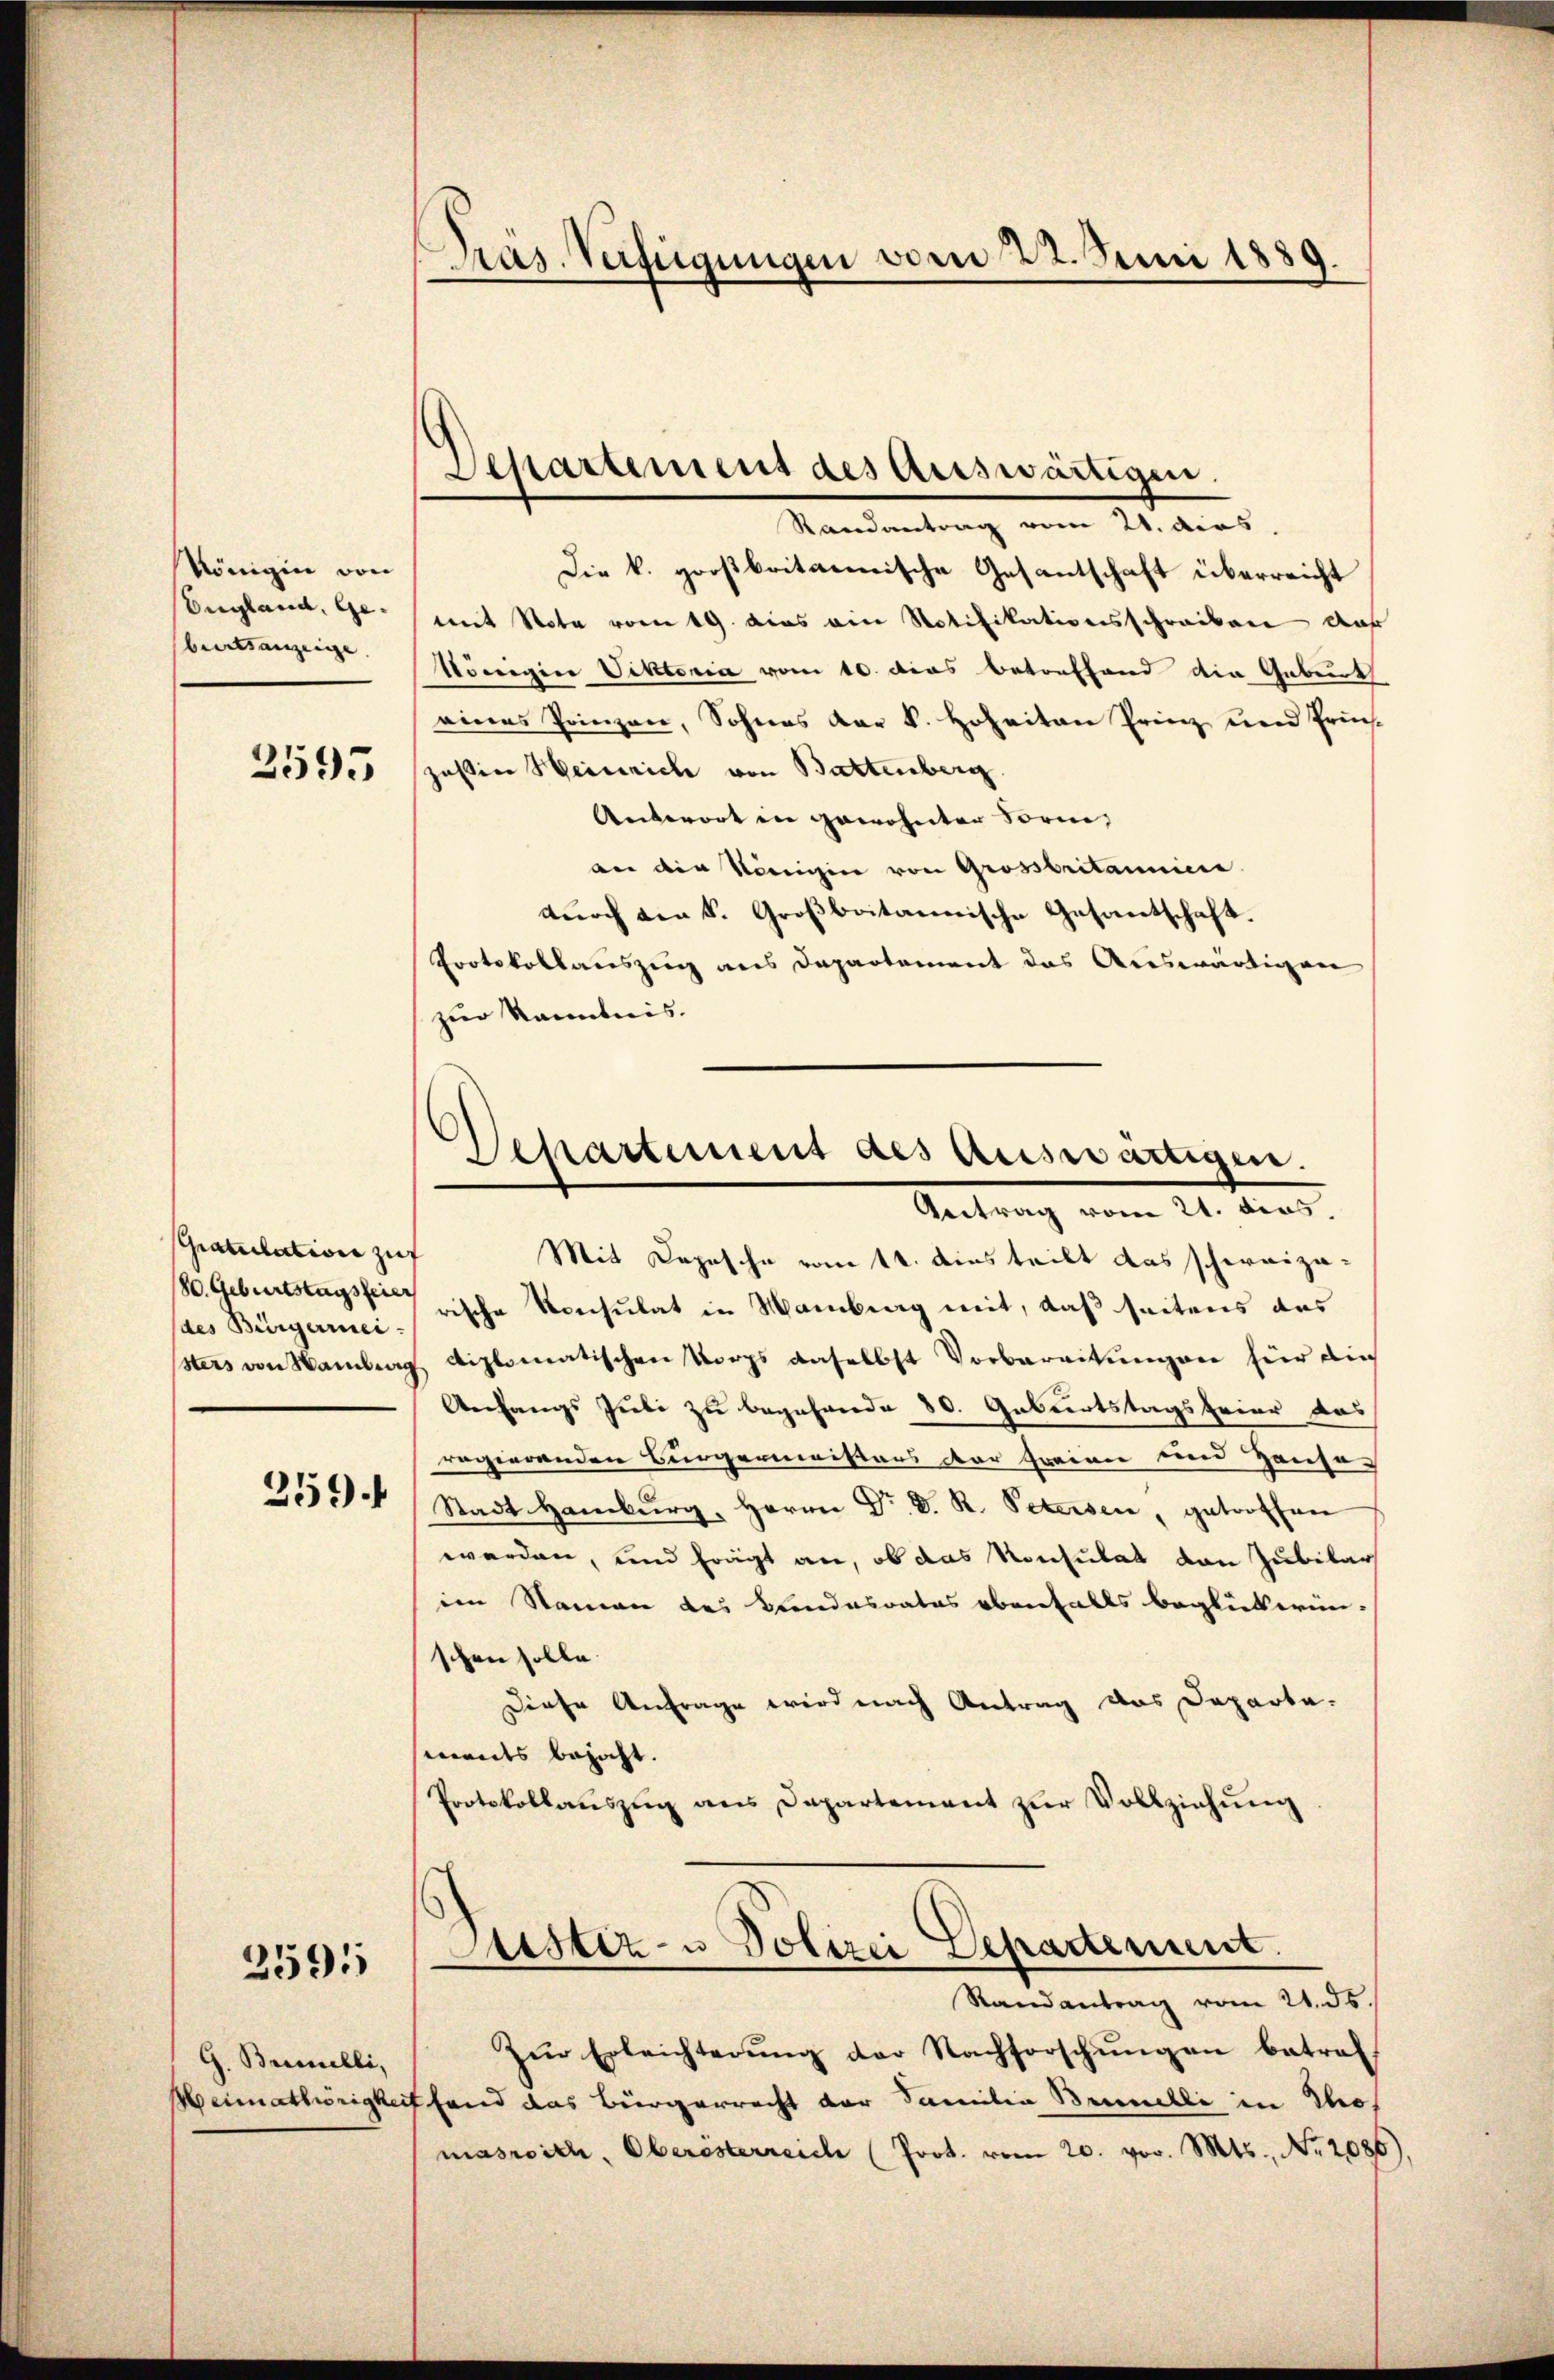
Königin von
England, Gebreitsanzeige. |

2595

Gratulation zuf
des Bürgerrei-

259.

2591

G. Brinelli,

Mit Depesche vom 14. Aus teilt das schweiza¬
H. Geburtstags dische Konsulat in Mamburg mit, daß seitens das
sters von Samberg diplomatischen Vorps daselbst Vorbereitungen für die
Anfangs Juli zu begehende 80. Geburtstagsfeier das
regierenden Bürgermeisters der Greinne im Hauso-
Stadt Hamburg, Herrn Dr. D. R. Petersen, getroffen
werden, und frägt an, ob das Konsulat von Jubilar
im Namen des Bundesrates ebenfalls beglückerin-
schen solle.
Diese Anfrage wird nach Antrag das Departe.
ments bejaht.
Protokollauszug aus Dapartement zur Vollziehung

Präs. Verfügungen vom 22. Juni 1889.

Die k. großbritanische Gesantschaft überreicht
mit Note vom 19. dies ein Notifikationsschreiben das
Königier Viktoria vom 10. dies betreffend die Gebeut
eines Prinzen, Sohnes der k. Hoheiten Prinz und Früch-
jaßin Heinrich von Battenberg.
Antwort in gewohnter Form,
an die Königin von Grossbritannic
durch die k. Großbritannische Gesantschaft.
Protokollauszug aus Departement das Auswärtigen
zur kanntnis.

Departement des Auswärtigen.
Randantrag vom 21. dies

Departement des Auswärtigen.
Antrag vom 21. dies

Justiz- u Polizei Departement.

Randantrag vom 21. ds.
Zur Erleichterŭng der Nachforschŭngen betreff
Heimathörigkeit fand das Bürgerrecht der Familia Bennelli in Thomasrich, Oberösterreich (Prot. vom 20. vor. Mts., Nr. 2086).